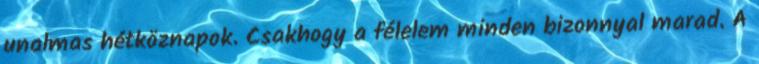
unalmas hétköznapok. Csakhogy a félelem minden bizonnyal marad. A